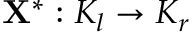
\mathbf { X ^ { * } } : K _ { l } \to K _ { r }